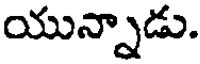
యున్నాడు.